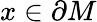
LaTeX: x\in\partial M